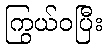
ကြွယ်ဝပြီး